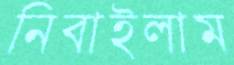
নিবাইলাম